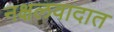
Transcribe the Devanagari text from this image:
नक्षलवादात